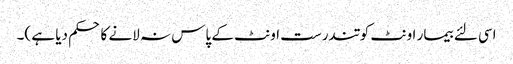
اسی لئے بیمار اونٹ کو تندرست اونٹ کے پاس نہ لانے کا حکم دیا ہے )۔